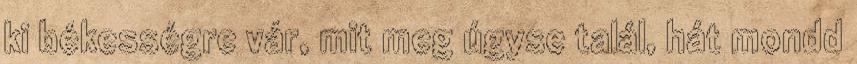
ki békességre vár, mit meg úgyse talál, hát mondd